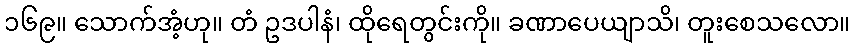
၁၆၉။ သောက်အံ့ဟု။ တံ ဥဒပါနံ၊ ထိုရေတွင်းကို။ ခဏာပေယျာသိ၊ တူးစေသလော။